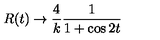
R ( t ) \rightarrow \frac { 4 } { k } \frac { 1 } { 1 + \cos 2 t }